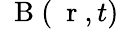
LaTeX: \mathrm{~\mathbf~B~}(\mathrm{~\mathbf~r~},t)